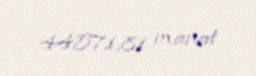
44571,81 manat